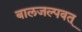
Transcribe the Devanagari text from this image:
बालजल्पवत्